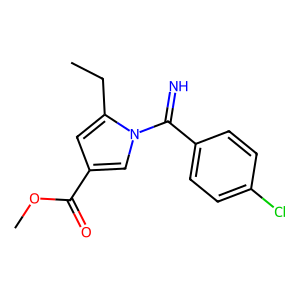
SMILES: CCc1cc(C(=O)OC)cn1C(=N)c1ccc(Cl)cc1
Inhibits HIV replication: No